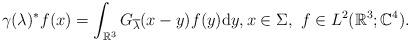
LaTeX: \begin{align*} \gamma(\lambda)^* f(x) = \int_{\mathbb{R}^3} G_{\overline{\lambda}}(x - y) f(y) \mathrm{d} y, x \in \Sigma,~f \in L^2(\mathbb{R}^3; \mathbb{C}^4). \end{align*}